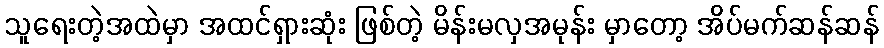
သူရေးတဲ့အထဲမှာ အထင်ရှားဆုံး ဖြစ်တဲ့ မိန်းမလှအမုန်း မှာတော့ အိပ်မက်ဆန်ဆန်